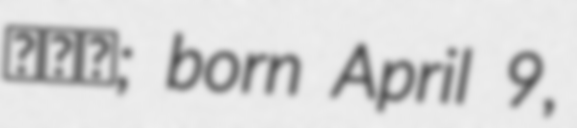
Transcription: משה; born April 9,